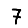
Digit: 7